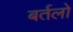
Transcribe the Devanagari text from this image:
बर्तलो